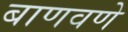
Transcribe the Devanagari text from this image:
बाणवणे